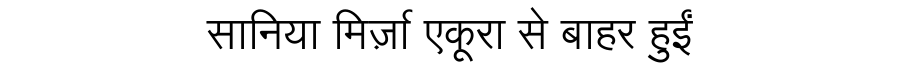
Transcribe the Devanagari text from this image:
सानिया मिर्ज़ा एकूरा से बाहर हुईं